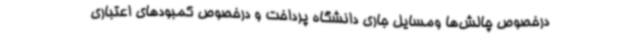
درخصوص چالش‌ها ومسایل جاری دانشگاه پرداخت و درخصوص کمبودهای اعتباری